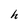
Character: h